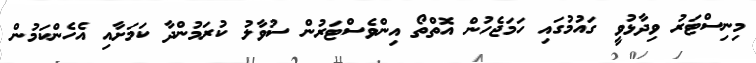
މިނިސްޓަރު ވިދާޅުވީ ގައުމުގައި ހަމަޖެހުން އޮތްތޯ އިންވެސްޓަރުން ސުވާލު ކުރަމުންދާ ކަމަށާއި އެހެންކަމުން